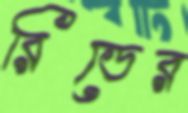
রিডের